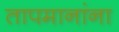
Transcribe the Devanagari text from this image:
तापमानांना